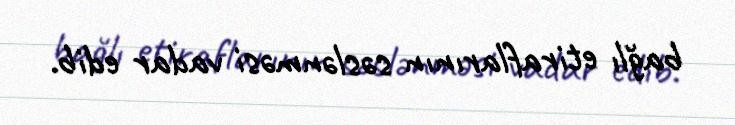
bağlı etiraflarının səslənməsi vadar edib.